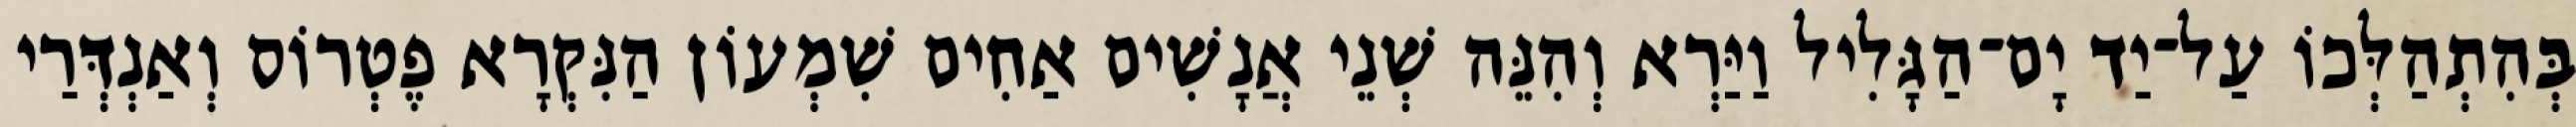
בְּהִתְהַלְּכוֹ עַל־יַד יָם־הַגָּלִיל וַיַּרְא וְהִנֵּה שְׁנֵי אֲנָשִׁים אַחִים שִׁמְעוֹן הַנִּקְרָא פֶטְרוֹס וְאַנְדְּרַי